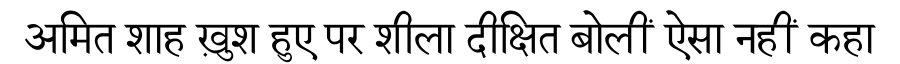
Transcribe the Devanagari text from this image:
अमित शाह ख़ुश हुए पर शीला दीक्षित बोलीं ऐसा नहीं कहा